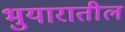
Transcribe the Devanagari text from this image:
भुयारातील